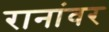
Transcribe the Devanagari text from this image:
रानांवर